Lunatic asylums United Provinces 1909-1921 - 1909-1921
Year: 1909
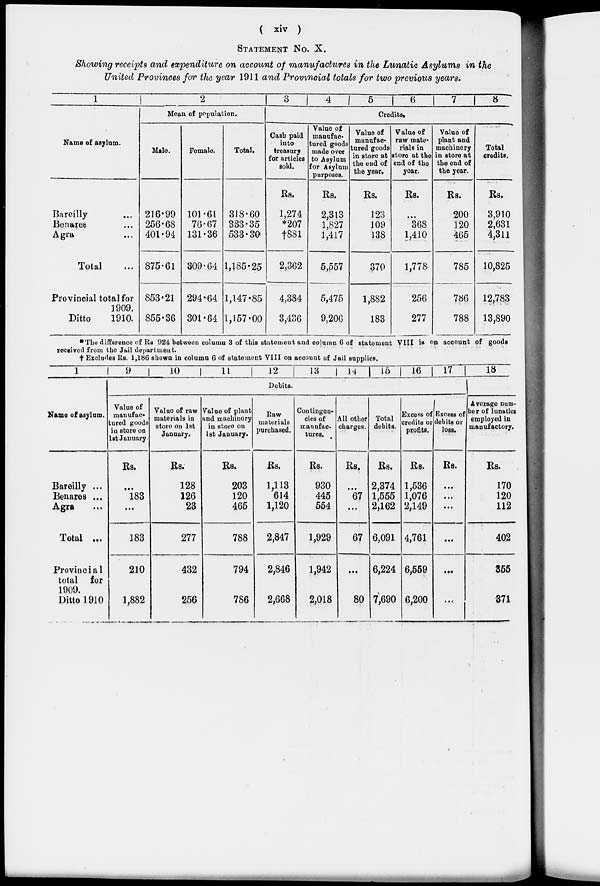
( xiv )
STATEMENT NO. X.
Showing receipts and expenditure on account of manufactures in the Lunatic Asylums in the
United Provinces for the year 1911 and Provincial totals for two previous years.
1
Name of asylum.
Bareilly ...
Benares ...
Agra ...
Total ...
Provincial total for
1909.
Ditto
1910.
2
Mean of population.
Male.
216.99
256.68
401.94
875.61
853.21
855.36
Female.
101.61
76.67
131.36
309.64
294.64
301.64
Total.
318.60
333.35
533.30
1,185.25
1,147.85
1,157.00
3
4
5
6
7
8
Credits.
Cash paid
into
treasury
for articles
sold.
Rs.
1,274
*207
†881
2,362
4,384
3,436
Value of
manufac-
tured goods
made over
to Asylum
for Asylum
purposes.
Rs.
2,313
1,827
1,417
5,557
5,475
9,206
Value of
manufac-
tured goods
in store at
the end of
the year.
Rs.
123
109
138
370
1,882
183
Value of
raw mate-
rials in
store at the
end of the
year.
Rs.
...
368
1,410
1,778
256
277
Value of
plant and
machinery
in store at
the end of
the year.
Rs.
200
120
465
785
786
788
Total
credits.
Rs.
3,910
2,631
4,311
10,825
12,783
13,890
*The difference of Rs. 924 between column 3 of this statement and column 6 of statement VIII is on account of goods
received from the Jail department.
† Excludes Rs. 1,186 shown in column 6 of statement VIII on account of Jail supplies.
1
Name of asylum.
Bareilly ...
Benares ...
Agra ...
Total ...
Provincial
total for
1909.
Ditto 1910
9
10
11
12
13
14
15
16
17
18
Debits.
Value of
manufac-
tured goods
in store on
1st January
Rs.
...
183
...
183
210
1,882
Value of raw
materials in
store on 1st
January.
Rs.
128
126
23
277
432
256
Value of plant
and machinery
in store on
1st January.
Rs.
203
120
465
788
794
786
Raw
materials
purchased.
Rs.
1,113
614
1,120
2,847
2,846
2,668
Contingen-
cies of
manufac-
tures.
Rs.
930
445
554
1,929
1,942
2,018
All other
charges.
Rs.
...
67
...
67
...
80
Total
debits.
Rs.
2,374
1,555
2,162
6,091
6,224
7,690
Excess of
credits or
profits.
Rs.
1,536
1,076
2,149
4,761
6,559
6,200
Excess of
debits or
loss.
Rs.
...
...
...
...
...
...
Average num-
ber of lunatics
employed in
manufactory.
Rs.
170
120
112
402
355
371